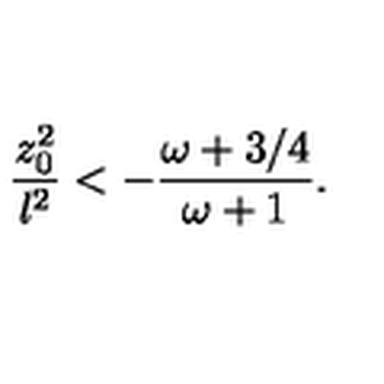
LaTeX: { \frac { z _ { 0 } ^ { 2 } } { l ^ { 2 } } } < - { \frac { \omega + 3 / 4 } { \omega + 1 } } .